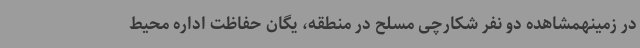
در زمینهمشاهده دو نفر شکارچی مسلح در منطقه، یگان حفاظت اداره محیط